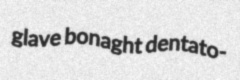
glave bonaght dentato-